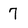
Character: 7